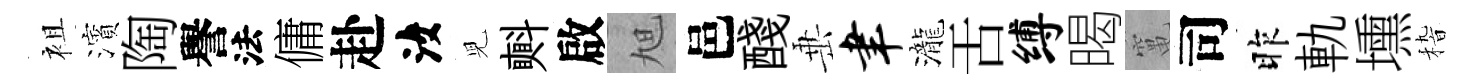
袓濱陶譽法傭赴汝児㪺啟旭邑醆𡸁聿瀧舌缚暍𥧄司昨軌壎𥟵